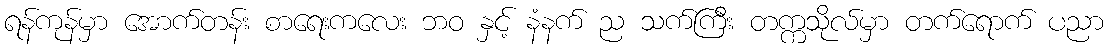
ရန်ကုန်မှာ အောက်တန်း စာရေးကလေး ဘဝ နှင့် နံနက် ည သက်ကြီး တက္ကသိုလ်မှာ တက်ရောက် ပညာ